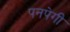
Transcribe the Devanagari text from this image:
पनपेगी